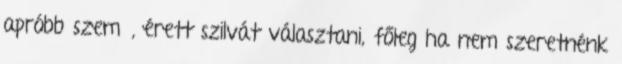
apróbb szemű, érett szilvát választani, főleg ha nem szeretnénk